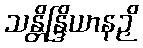
သန္တိန္ဒြိယာနဉှိ